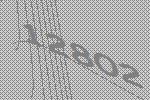
12802